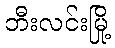
ဘီးလင်းမြို့